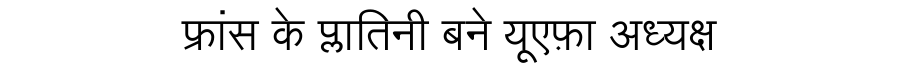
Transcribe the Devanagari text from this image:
फ्रांस के प्लातिनी बने यूएफ़ा अध्यक्ष